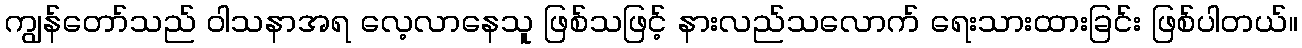
ကျွန်တော်သည် ဝါသနာအရ လေ့လာနေသူ ဖြစ်သဖြင့် နားလည်သလောက် ရေးသားထားခြင်း ဖြစ်ပါတယ်။